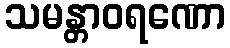
သမန္တာဝရဏော